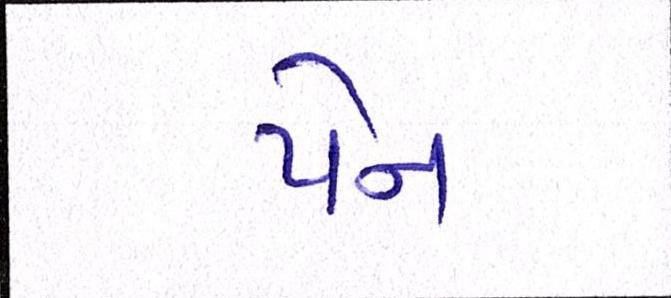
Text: પેન